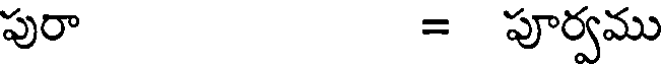
పురా = పూర్వము